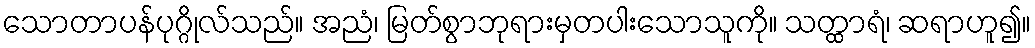
သောတာပန်ပုဂ္ဂိုလ်သည်။ အညံ၊ မြတ်စွာဘုရားမှတပါးသောသူကို။ သတ္ထာရံ၊ ဆရာဟူ၍။